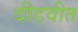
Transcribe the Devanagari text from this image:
दीडवीत